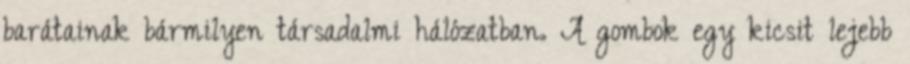
barátainak bármilyen társadalmi hálózatban. A gombok egy kicsit lejebb